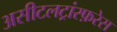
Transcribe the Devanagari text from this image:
असीटलट्रांस्फ़रेस